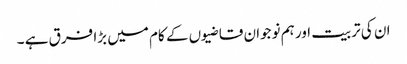
ان کی تربیت اور ہم نوجوان قاضیوں کے کام میں بڑا فرق ہے ۔